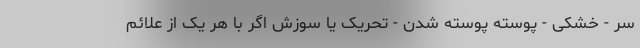
سر - خشکی - پوسته پوسته شدن - تحریک یا سوزش اگر با هر یک از علائم